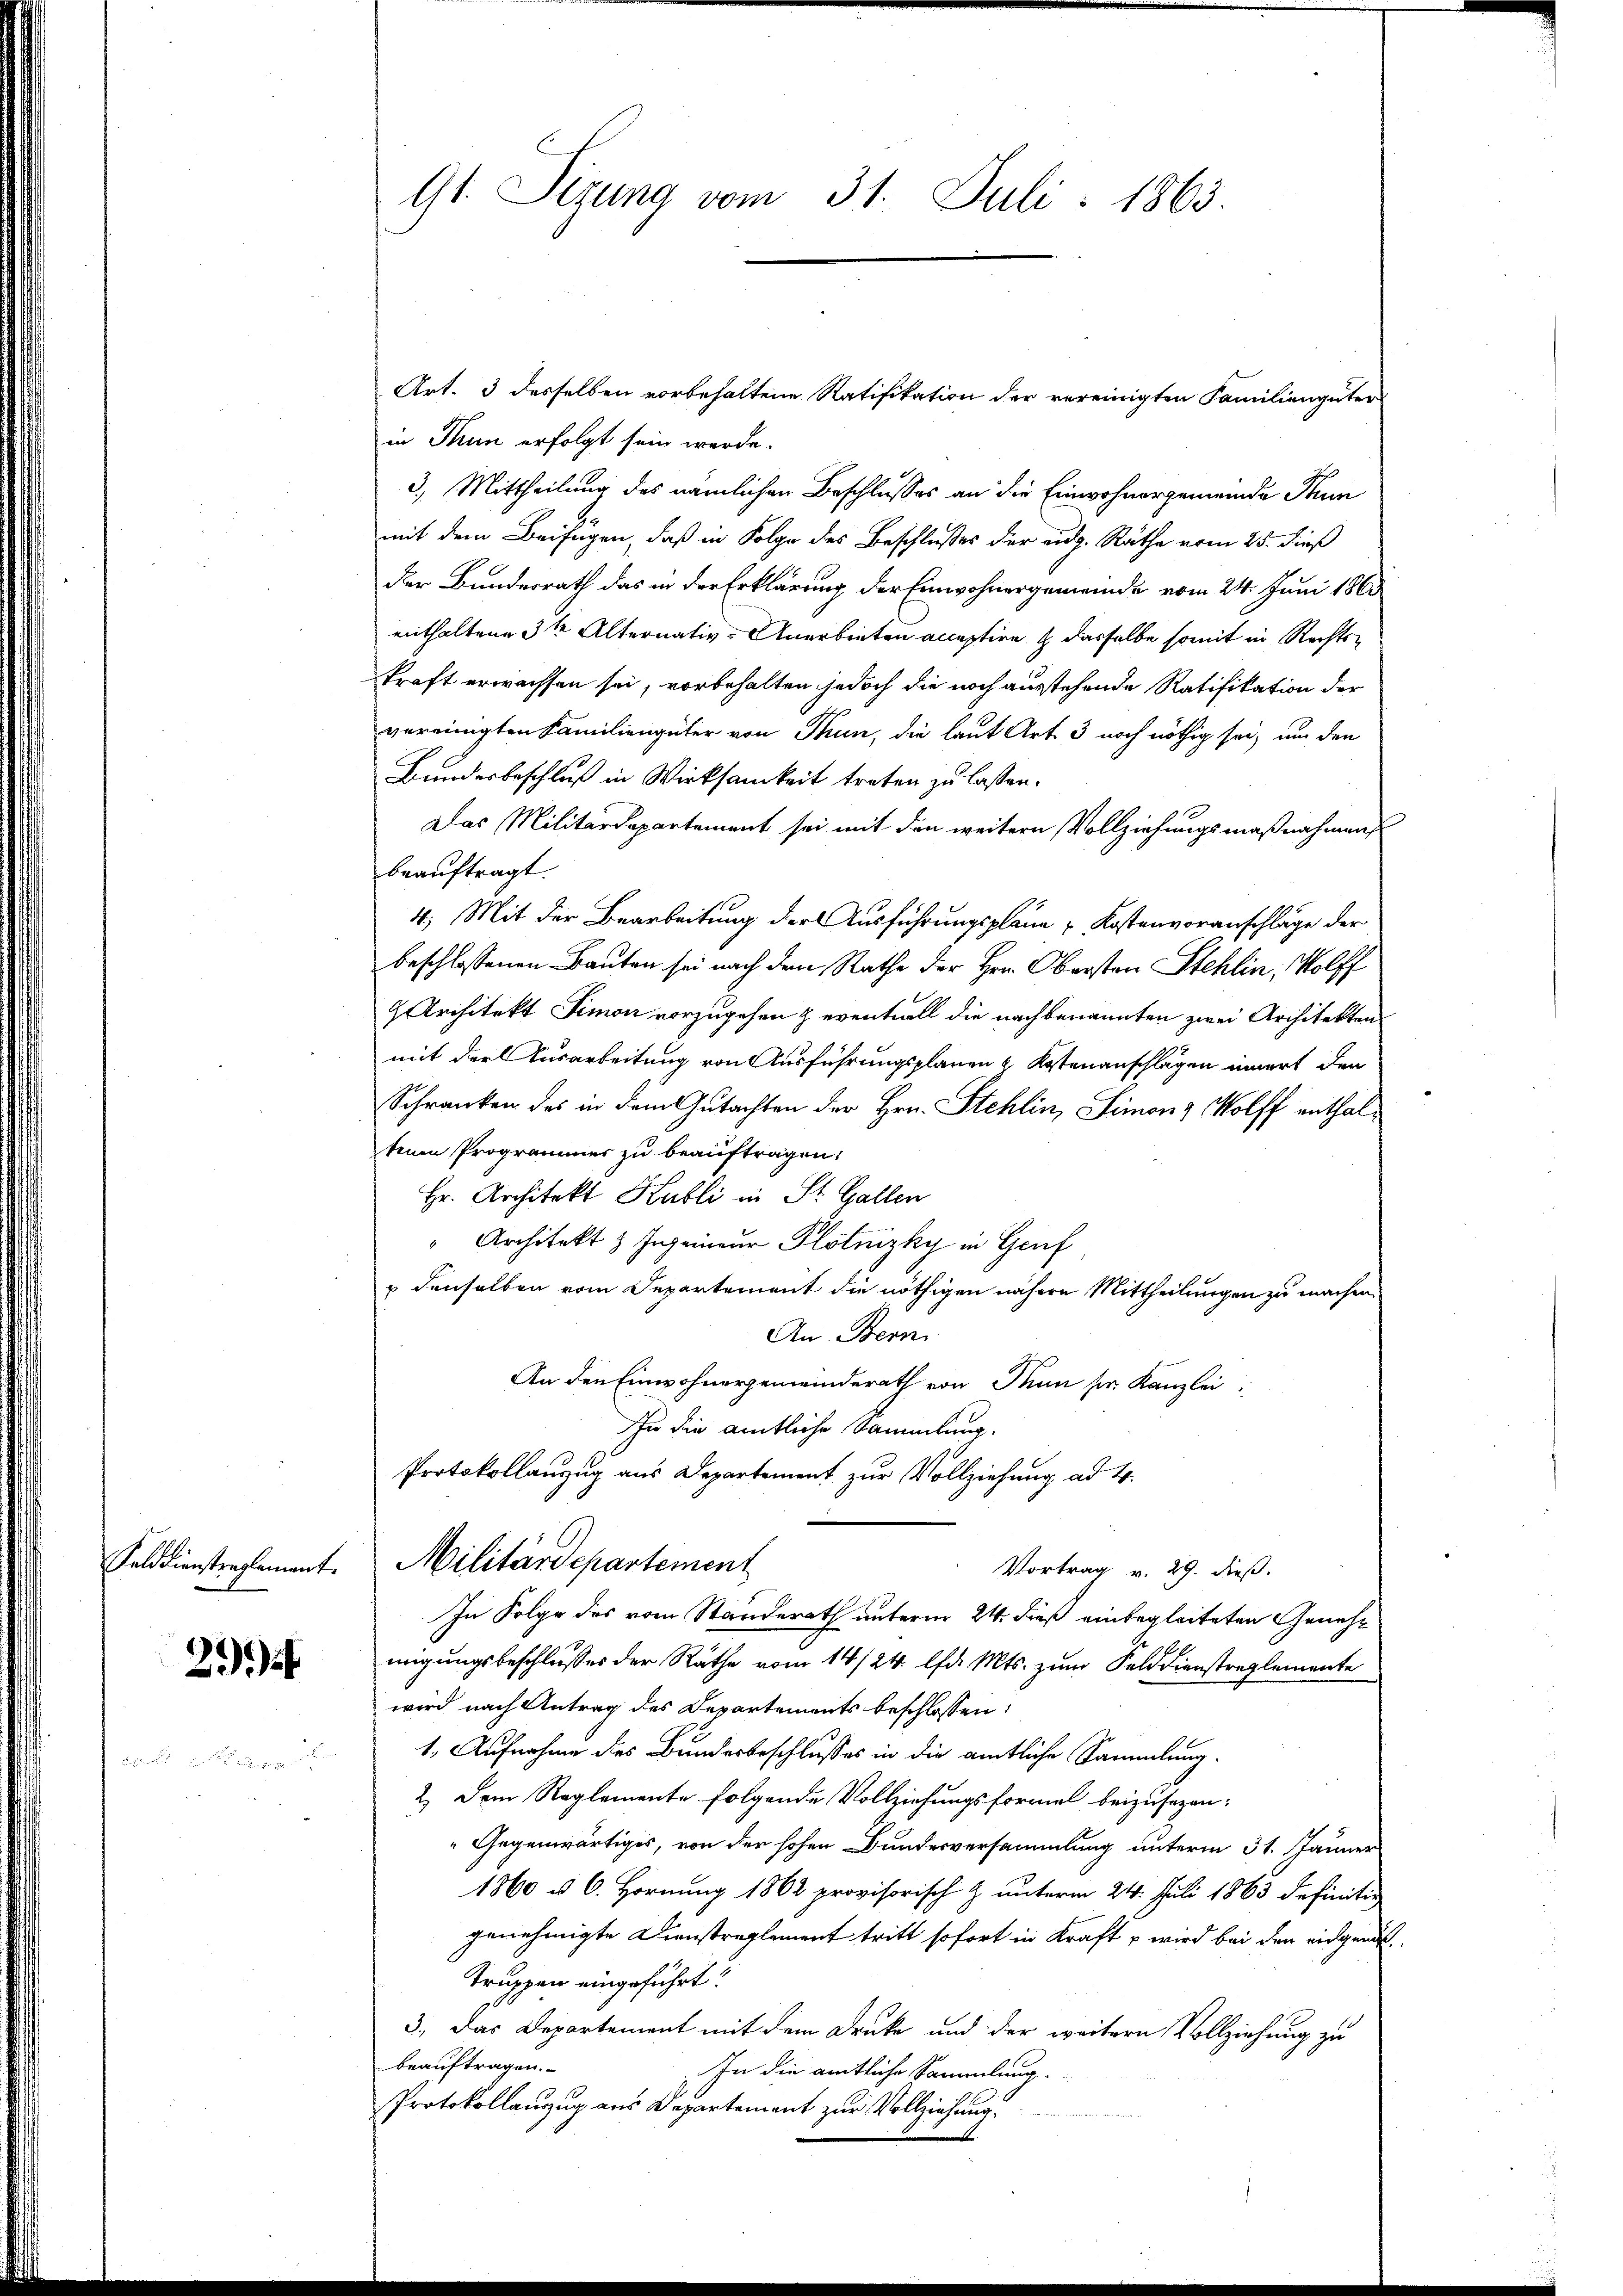
Falddienstreglement.

21)

Gt. Sizung vom 31. Juli 1863.

Art. 3 desselben vorbehaltene Ratifikation der vereinigten Familiengüter
in Thun erfolgt sein werde.
3.) Mittheilung des nämlichen Beschlusses an die Einwohnergemeinde Pun
mit dem Beifügen, daß in Folge des Beschlußes der eidg. Räthe vom 25. dieß
der Bundesrath das in der Erklärung der Einwohnergemeinde vom 24. Juni 1865
enthaltene 3te Alternativ. Anerbieten acceptire dasselbe somit in Rechtskraft erwachsen sei, vorbehalten jedoch die noch ausstehende Ratifikation der
vereinigten Familiengüter von Thun, die laut Art. 3 noch nöthig sei, um den
Bundesbeschluß in Wirksamkeit treten zu lassen.
Das Militärdepartement sei mit den weitern Vollziehungsmaßnahmens
beauftragt.
4. Mit der Bearbeitung der Ausführungspläne Kostenvoranschläge der
beschlossenen Bauten sei nach dem Rathe der Herrn Obersten Stehlin, Wolff
 Architekt Simon vorzugehen & eventuell die nachbenannten zwei Architekten
mit der Ausarbeitung von Ausführungsplanen & Kostenanschlägen innert der
Schranken des in dem Gutachten der Hrn. Stehlin, Simonz Wolff enthaltenen Programmer zu beauftragen,
Hr. Architekt Kubli in St. Gallen
" Architekt & Ingenieur Plotnizky in Gruf
denselben vom Departement die nöthigen nähere Mittheilungen zu machen.
An Bern
An den Einwohnergemeinderath von Tun sr. Kanzlei-
Zu die amtliche Sammlung.
Protokollanzug aus Departement zur Vollziehung ad 4.
Militärdepartement
Vortrag v. 29. dieß.
In Folge des vom Standerath unterm 24. dieß einbegleiteten Genehmigungsbeschlusses der Räthe vom 14/24. lfd. Mts. zum Felddienstreglemente
wird nach Antrag des Departements beschlossen:
1. Aufnahme des Bundesbeschlusses in die amtliche Sammlung.
2. Dem Reglemente folgende Vollziehungsformel beizusezen:
"Gegenwärtiges, von der hohen Bundesversammlung unterm 31. Jänner
1860 u. 6. Hornung 1862 provisorisch & unterm 24. Juli 1863 definitiv
genehmigte Dienstreglement tritt sofort in Kraft u wird bei den eidgende¬
Truppen eingeführt?
3., Das Departement mit dem Druke und der weitern Vollziehung zu
beauftragen.
In die amtliche Sammlung.
Protokollanzug aus Departement zur Vollziehung.